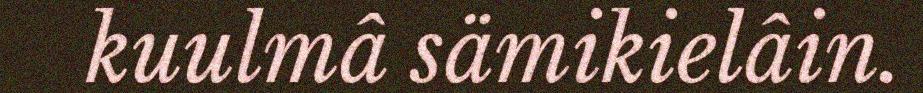
kuulmâ sämikielâin.